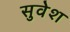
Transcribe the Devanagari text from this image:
सुवेश